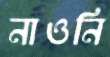
নাওনি